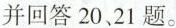
并回答20、21题。